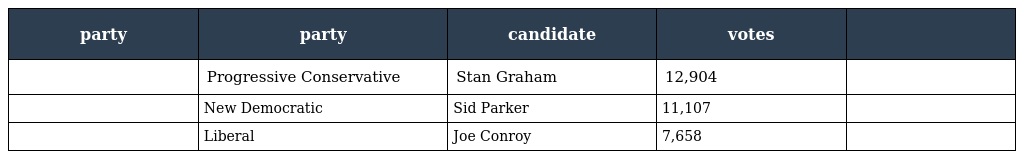
| party | party | candidate | votes |  |
 | --- | --- | --- | --- | --- |
 |  | Progressive Conservative | Stan Graham | 12,904 |  |
 |  | New Democratic | Sid Parker | 11,107 |  |
 |  | Liberal | Joe Conroy | 7,658 |  |